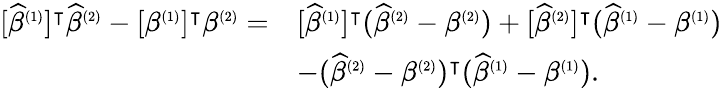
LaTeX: \begin{array}{rl}{[\widehat{\beta}^{\scriptscriptstyle(1)}]^{\intercal}\widehat{\beta}^{\scriptscriptstyle(2)}-[\beta^{\scriptscriptstyle(1)}]^{\intercal}\beta^{\scriptscriptstyle(2)}=}&{[\widehat{\beta}^{\scriptscriptstyle(1)}]^{\intercal}(\widehat{\beta}^{\scriptscriptstyle(2)}-\beta^{\scriptscriptstyle(2)})+[\widehat{\beta}^{\scriptscriptstyle(2)}]^{\intercal}(\widehat{\beta}^{\scriptscriptstyle(1)}-\beta^{\scriptscriptstyle(1)})}\\ &{-(\widehat{\beta}^{\scriptscriptstyle(2)}-\beta^{\scriptscriptstyle(2)})^{\intercal}(\widehat{\beta}^{\scriptscriptstyle(1)}-\beta^{\scriptscriptstyle(1)}).}\end{array}